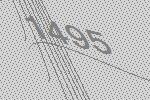
1495